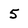
Character: 5